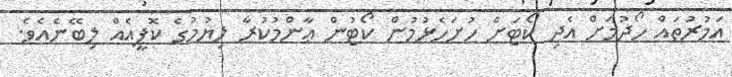
އަމުރުތައް ހޯދުމަށް އެދި ކޯޓަށް ހުށަހެޅުމުން ކޯޓުން ޢާންމުކުރާ ލިޔުމުގެ ކޮޕީއެއް ލިބޭނެއެވެ.